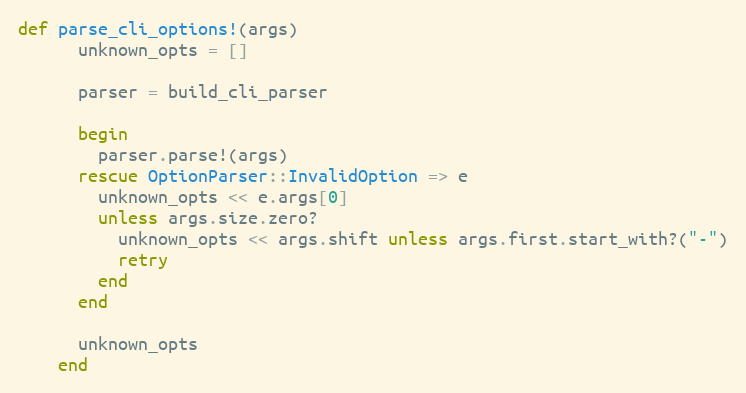
Language: Ruby
def parse_cli_options!(args)
      unknown_opts = []

      parser = build_cli_parser

      begin
        parser.parse!(args)
      rescue OptionParser::InvalidOption => e
        unknown_opts << e.args[0]
        unless args.size.zero?
          unknown_opts << args.shift unless args.first.start_with?("-")
          retry
        end
      end

      unknown_opts
    end